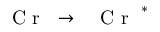
\mathrm { ~ \textit ~ { ~ C ~ r ~ } ~ } \to \mathrm { ~ \textit ~ { ~ C ~ r ~ } ~ } ^ { * }